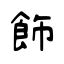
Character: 飾